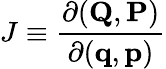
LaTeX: J\equiv{\frac{\partial(\mathbf{Q},\mathbf{P})}{\partial(\mathbf{q},\mathbf{p})}}